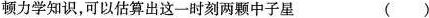
顿力学知识，可以估算出这一时刻两颗中子星 ()